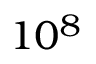
1 0 ^ { 8 }